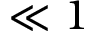
\ll 1